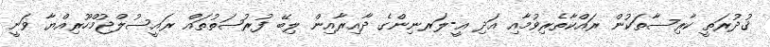
ޤުދުރަތީ ކާރިސާތަކުން ރައްކާތެރިވުމާއި އަދި އީ-ލަރނިންގެ ދާއިރާއިން ލިބޭ ފުރުޞަތުތައް ރައީސުލްޖުމްހޫރިއްޔާ ވަނީ